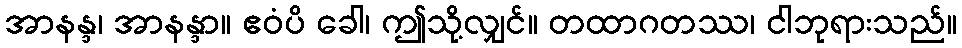
အာနန္ဒ၊ အာနန္ဒာ။ ဧဝံပိ ခေါ၊ ဤသို့လျှင်။ တထာဂတဿ၊ ငါဘုရားသည်။